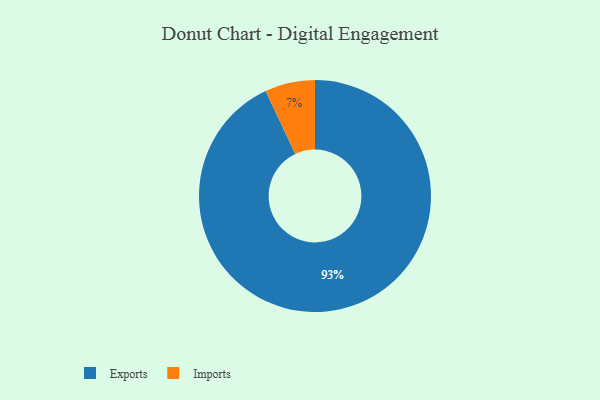
{"axis": {"x": "Category", "y": "Percentage"}, "legend": ["Exports", "Imports"], "data": [{"x": "Imports", "y": 7, "type": "Imports"}, {"x": "Exports", "y": 93, "type": "Exports"}]}